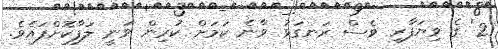
2' ގެ ވިޔަފާރި ވެސް ރަނގަޅު ވާނެ ކަމަށް ކުރިން ވަނީ ލަފާކޮށްފައެވެ.